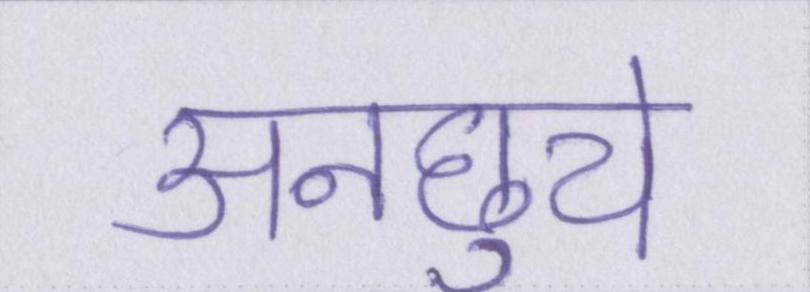
अनछुये